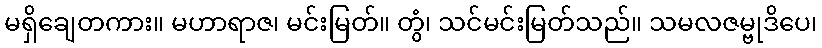
မရှိချေတကား။ မဟာရာဇ၊ မင်းမြတ်။ တွံ၊ သင်မင်းမြတ်သည်။ သမလဇမ္ဗုဒိပေ၊